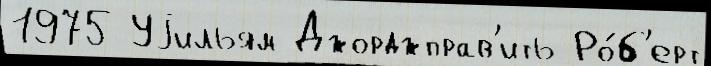
1975 Уjильям Джорджправ'ить Ро́б'ерт